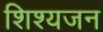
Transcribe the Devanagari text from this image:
शिश्यजन